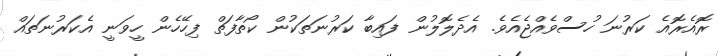
ރޮއެރޮއެ ކަރުނަ ހުސްވެއްޖެއެވެ. އެދެލޮލުން ފައިބާ ކަރުނަތަކުން ކޯތާފަތް ފިހޭހެން ހީވަނީ އެކަރުނަތައް